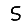
Digit: 5